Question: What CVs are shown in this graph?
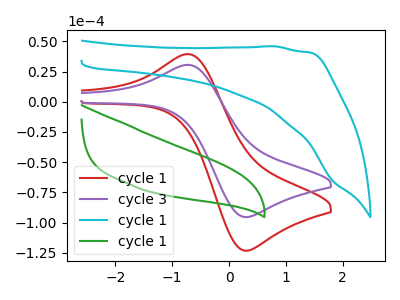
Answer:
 <answer>The red curve is labeled "cycle 1". The purple curve is labeled "cycle 3". The cyan curve is labeled "cycle 1". The green curve is labeled "cycle 1".</answer>
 <eval></eval>